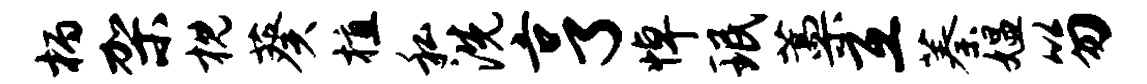
柄架枕葵植私洗亨悼珉藁互蓁媪笏